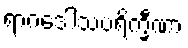
ရာဂဒေါသပရိက္ခီဏာ